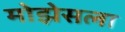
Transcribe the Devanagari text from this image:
मोझेसला